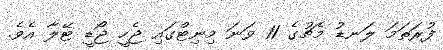
ފުރަތަމަ ލަނޑު މެޗުގެ 11 ވަނަ މިނިޓްގައި ޖެހީ ޖޯޑީ ޓޭލާ އެވެ.